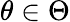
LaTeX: \theta\in\Theta